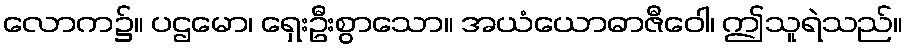
လောက၌။ ပဌမော၊ ရှေးဦးစွာသော။ အယံယောဓာဇီဝေါ၊ ဤသူရဲသည်။